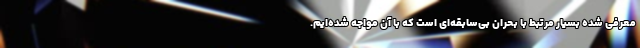
معرفی شده بسیار مرتبط با بحران بی‌سابقه‌ای است که با آن مواجه شده‌ایم.